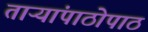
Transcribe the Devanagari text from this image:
ताऱ्यांपाठोपाठ